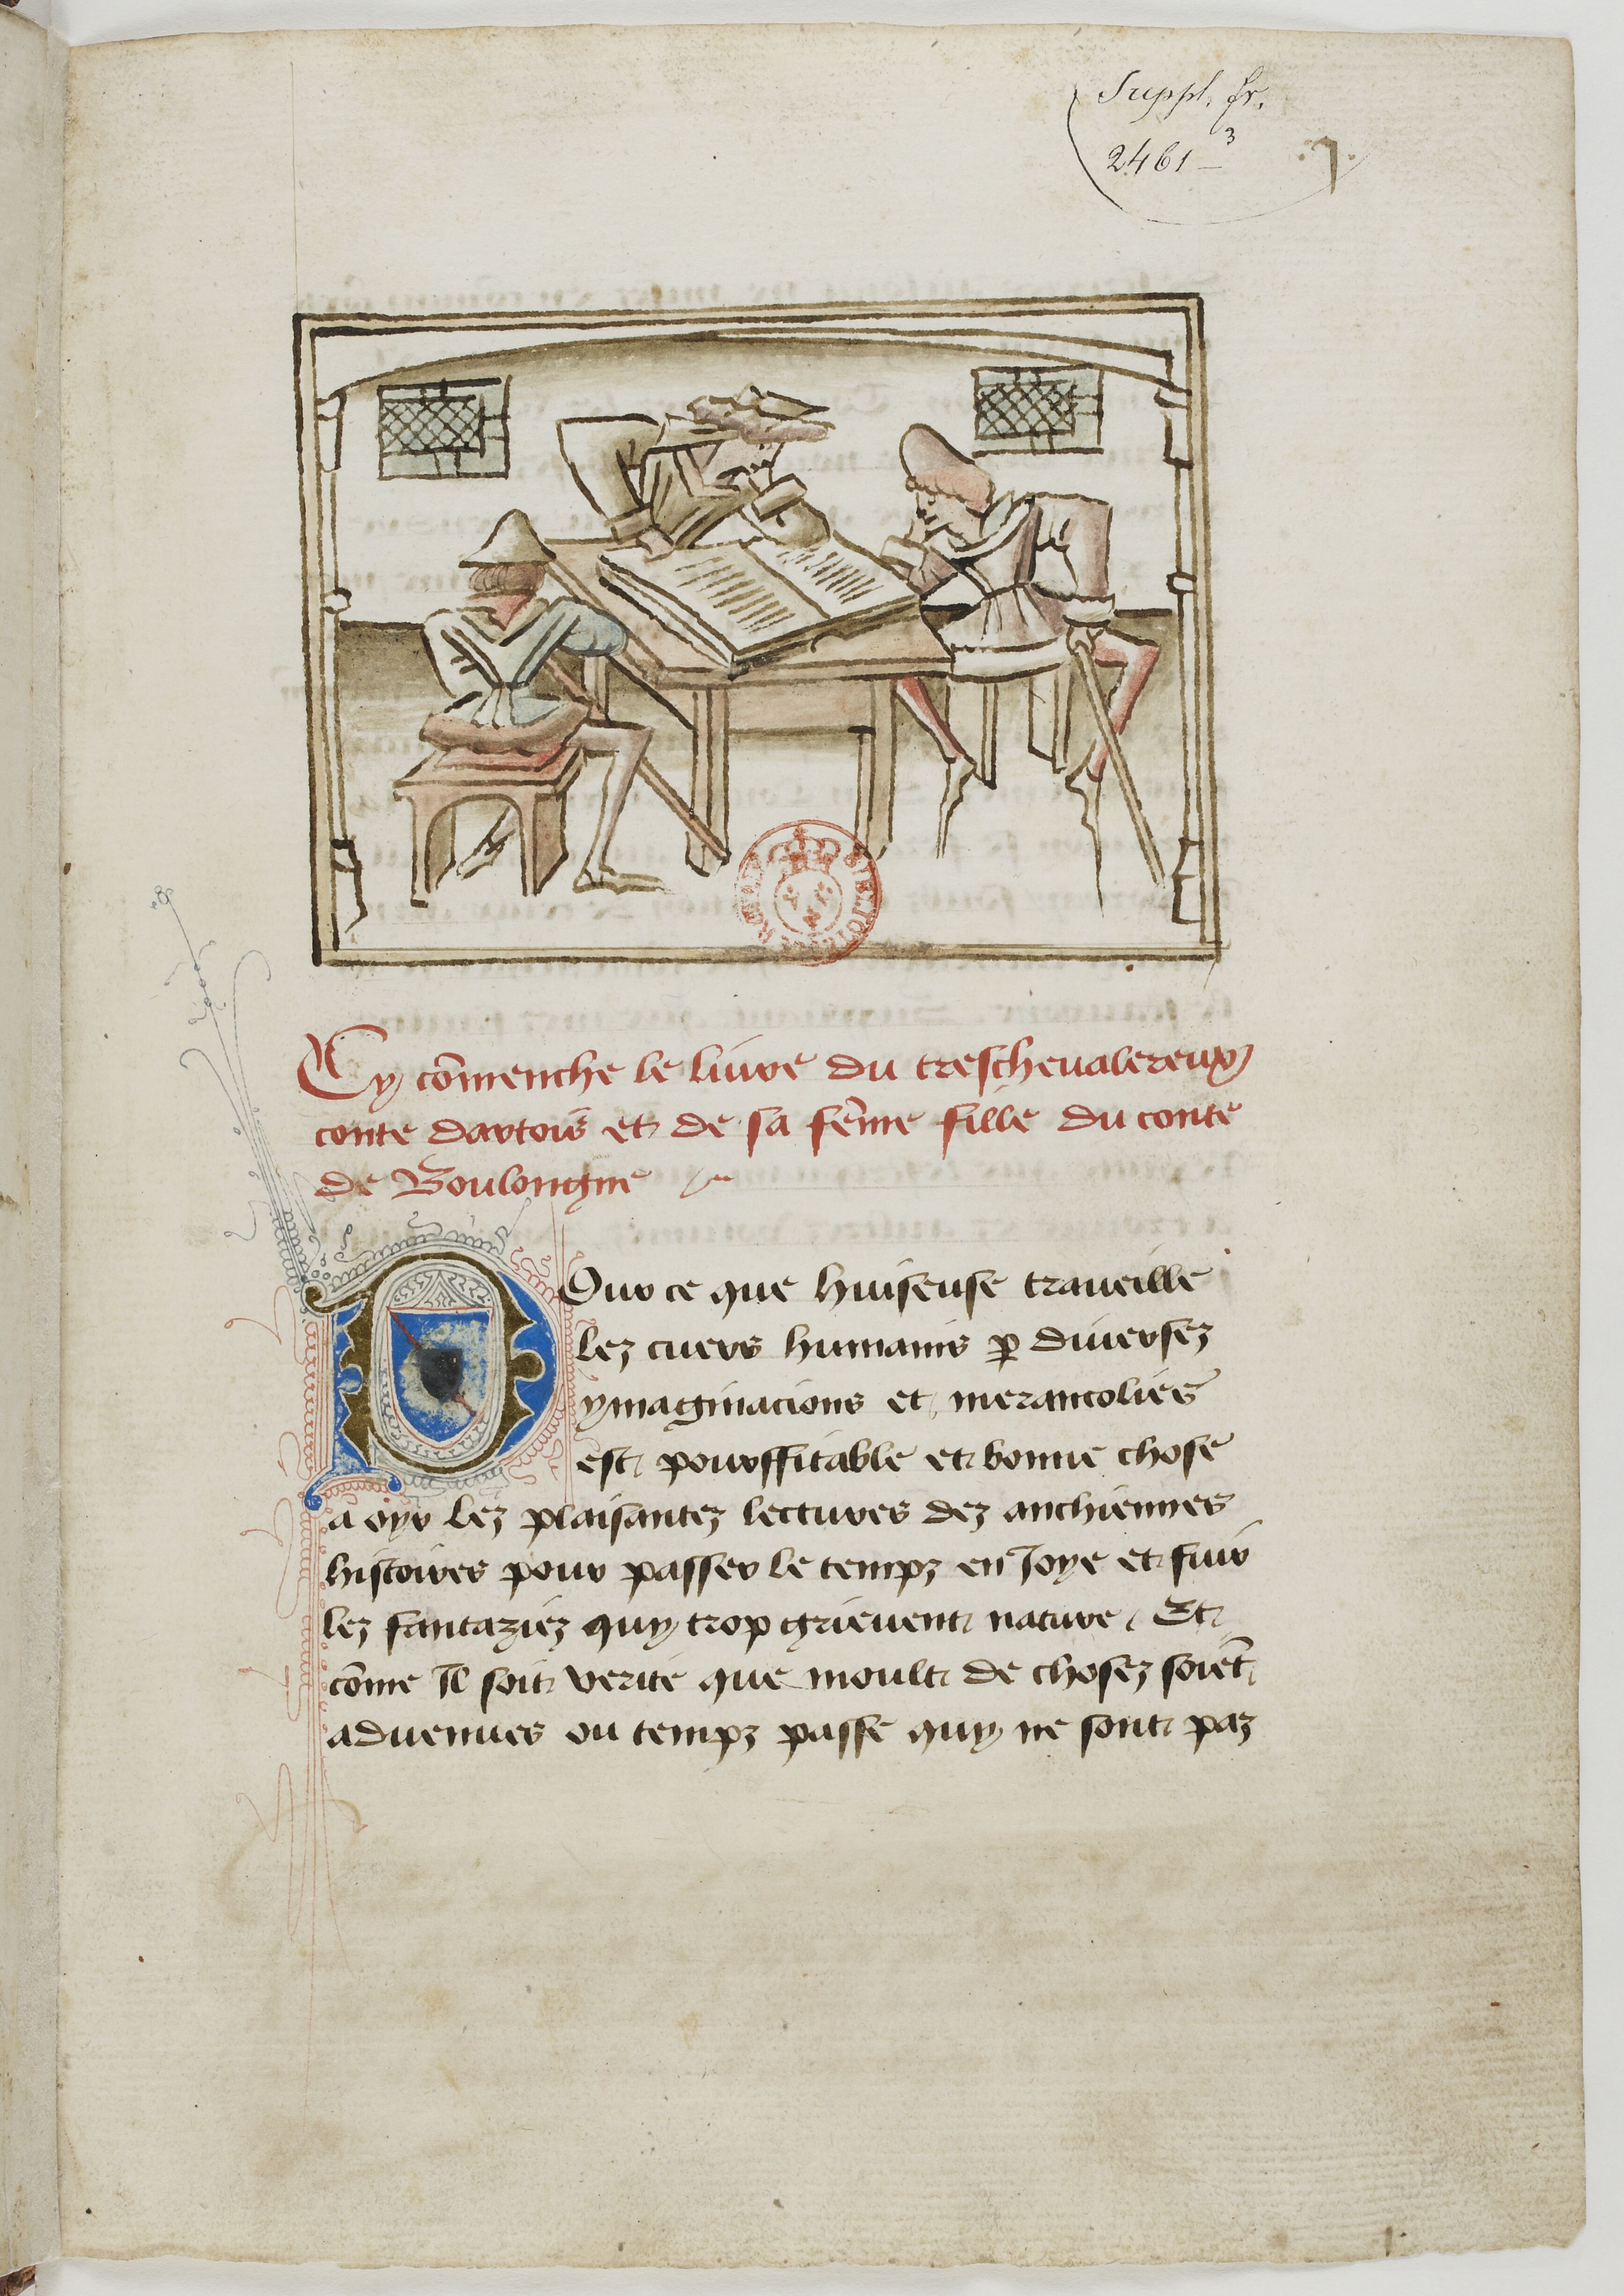
Shelfmark: Paris, BnF, fr. 11610
Century: 15